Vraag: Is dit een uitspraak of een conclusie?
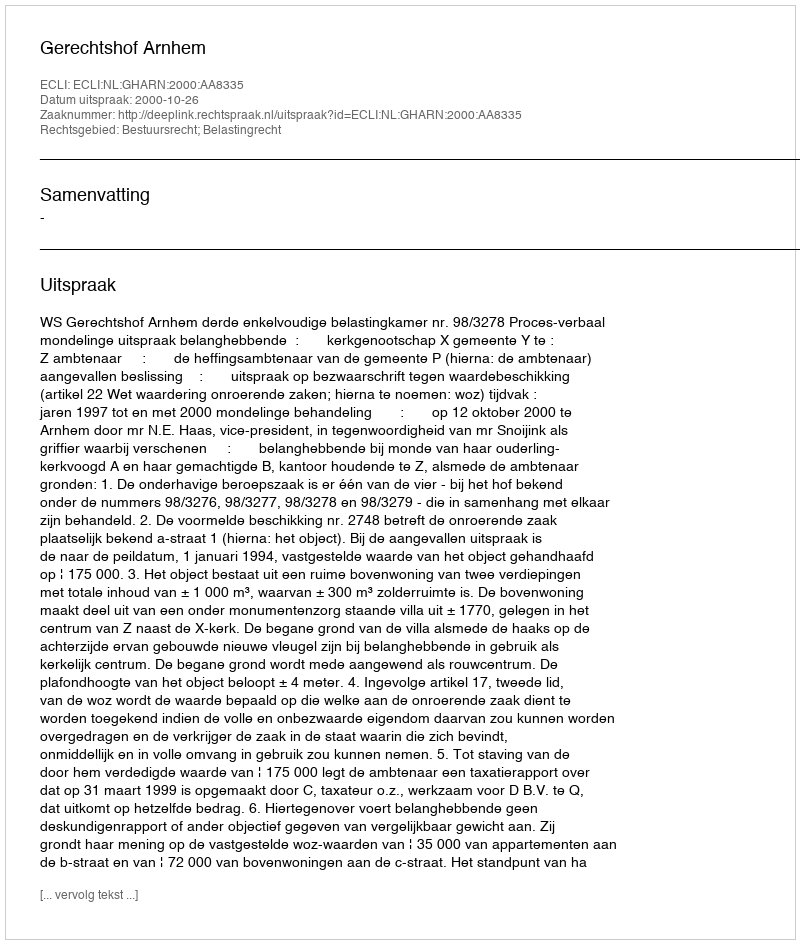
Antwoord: Uitspraak